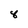
Character: 8